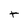
Character: t